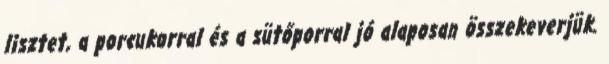
lisztet, a porcukorral és a sütőporral jó alaposan összekeverjük.